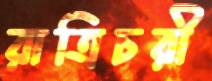
রাত্রিচরী